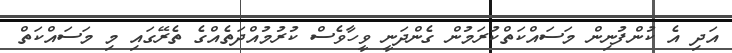
އަދި އެ ކުންފުނިން މަސައްކަތްކުރަމުން ގެންދަނީ ވީހާވެސް ކުރުމުއްދަތެއްގެ ތެރޭގައި މި މަސައްކަތް